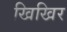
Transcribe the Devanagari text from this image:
खिखिर